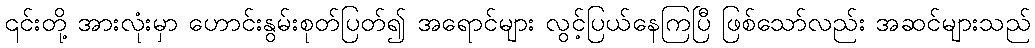
၎င်းတို့ အားလုံးမှာ ဟောင်းနွမ်းစုတ်ပြတ်၍ အရောင်များ လွင့်ပြယ်နေကြပြီ ဖြစ်သော်လည်း အဆင်များသည်